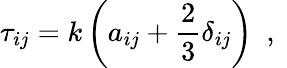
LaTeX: \tau_{ij}=k\left(a_{ij}+\frac{2}{3}\delta_{ij}\right)\ \mathrm{~,~}